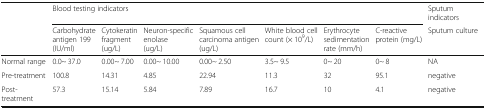
<table><thead><tr><td rowspan="2"></td><td colspan="7"><b>Blood testing indicators</b></td><td><b>Sputum indicators</b></td></tr><tr><td><b>Carbohydrate antigen 199 (IU/ml)</b></td><td><b>Cytokeratin fragment (ug/L)</b></td><td><b>Neuron-specific enolase (ug/L)</b></td><td><b>Squamous cell carcinoma antigen (ug/L)</b></td><td><b>White blood cell count (× 10<sup>9</sup>/L)</b></td><td><b>Erythrocyte sedimentation rate (mm/h)</b></td><td><b>C-reactive protein (mg/L)</b></td><td><b>Sputum culture</b></td></tr></thead><tbody><tr><td>Normal range</td><td>0.0~ 37.0</td><td>0.00~ 7.00</td><td>0.00~ 10.00</td><td>0.00~ 2.50</td><td>3.5~ 9.5</td><td>0~ 20</td><td>0~ 8</td><td>NA</td></tr><tr><td>Pre-treatment</td><td>100.8</td><td>14.31</td><td>4.85</td><td>22.94</td><td>11.3</td><td>32</td><td>95.1</td><td>negative</td></tr><tr><td>Post-treatment</td><td>57.3</td><td>15.14</td><td>5.84</td><td>7.89</td><td>16.7</td><td>10</td><td>4.1</td><td>negative</td></tr></tbody></table>